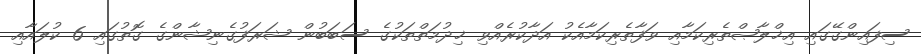
ސިފައިންގޭގައި އިޚްލާޞްތެރިކަމާއި ވަފާތެރިކަމާއެކު އަދާކުރެއްވި ޚިދުމަތްތަކުގެ ސަބަބުން ޝަރަފުގެނިޝާންގެ ގޮތުގައި 6 ކުލައާއި